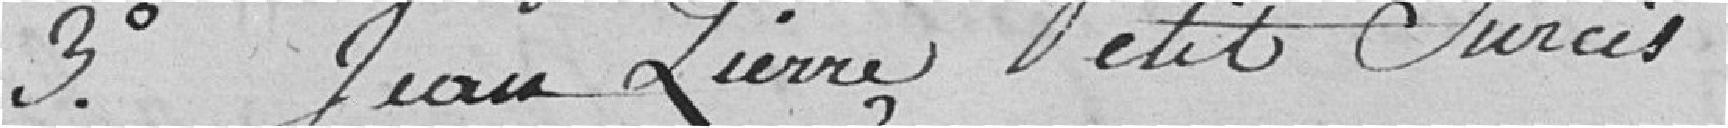
3°. Jean Pierre Petit Surcis